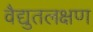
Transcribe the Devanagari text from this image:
वैद्युतलक्षण